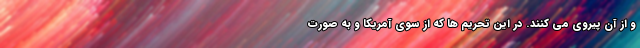
و از آن پیروی می کنند. در این تحریم ها که از سوی آمریکا و به صورت